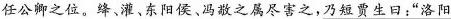
任公卿之位。绛、灌、东阳侯、冯敬之属尽害之，\underline{乃短贾生曰：“洛阳}